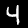
Digit: 4